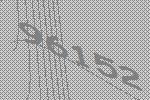
96152